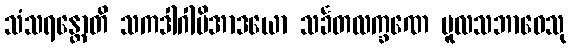
သံသရန္တောတိ သကဒါဂါမိအာဒယော သင်္ခတလက္ခဏေ မူလသဘာဝေသု